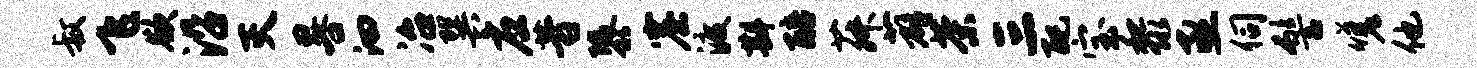
叔飞欲沿灭晷汩冶巽应昔隳窟渡斟醅菽薜茶三配宝黎亟伺髻嗟他